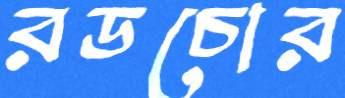
রডচোর